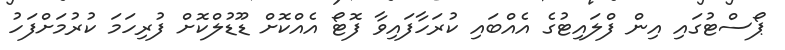
ޕޯސްޓުގައި އިން ފްލައިޓުގެ އެއްބައި ކުރަހާފައިވާ ފޮޓޯ އެއްކޮށް ޑޫޑުލްކޮށް ފުރިހަމަ ކުރުމަށްފަހު